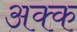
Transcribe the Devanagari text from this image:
अक्क